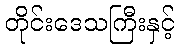
တိုင်းဒေသကြီးနှင့်